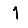
Digit: 1